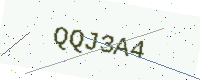
Text: QQJ3A4